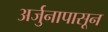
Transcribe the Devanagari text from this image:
अर्जुनापासून